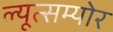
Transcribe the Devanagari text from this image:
ल्यूत्सम्योर